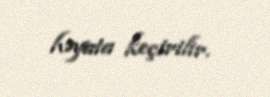
həyata keçirilir.